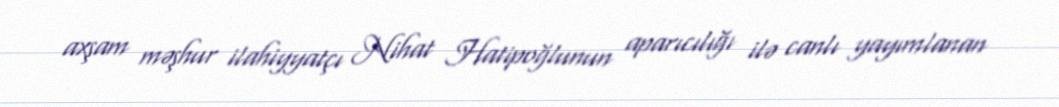
axşam məşhur ilahiyyatçı Nihat Hatipoğlunun aparıcılığı ilə canlı yayımlanan